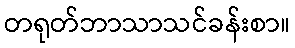
တရုတ်ဘာသာသင်ခန်းစာ။